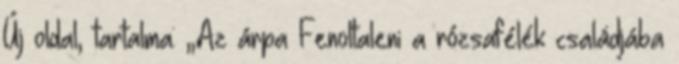
Új oldal, tartalma: „Az árpa Fenoltaleni a rózsafélék családjába